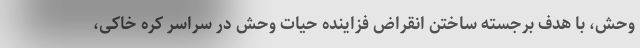
وحش، با هدف برجسته ساختن انقراض فزاینده حیات وحش در سراسر کره خاکی،